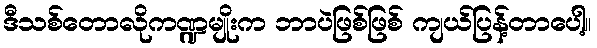
ဒီသစ်တောလိုကဏ္ဍမျိုးက ဘာပဲဖြစ်ဖြစ် ကျယ်ပြန့်တာပေါ့။